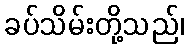
ခပ်သိမ်းတို့သည်၊